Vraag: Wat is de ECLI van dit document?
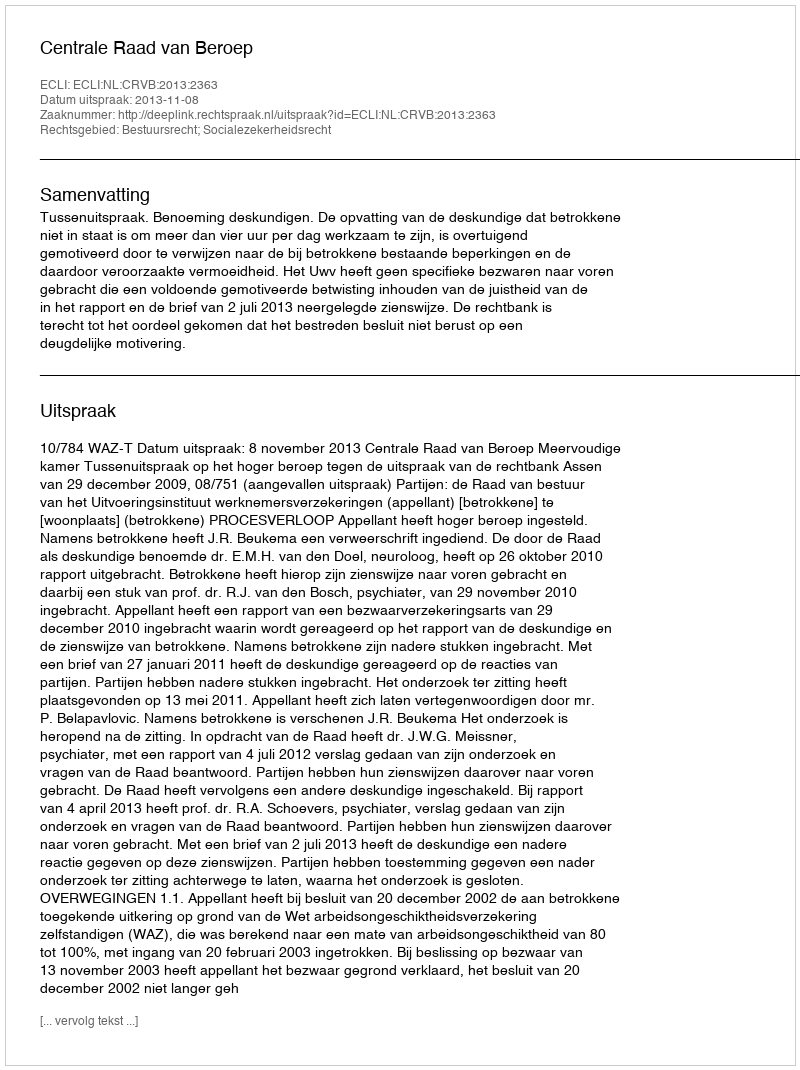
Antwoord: ECLI:NL:CRVB:2013:2363